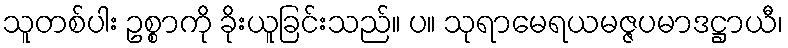
သူတစ်ပါး ဥစ္စာကို ခိုးယူခြင်းသည်။ ပ။ သုရာမေရယမဇ္ဇပမာဒဋ္ဌာယီ၊